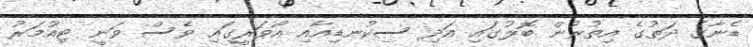
ޑެނާގެ ދަތުގެ އިތުރުން ބޮލުގައި އަދި ސިކުނޑިއާއި އޯވަރީގައި ވެސް ވަނީ ޓިއުމަރު